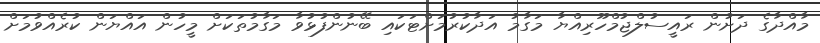
މާއްދާގެ ދަށުން ރައީސުލްޖުމްހޫރިއްޔާ މަގާމު އަދާކުރުމަށްޓަކައި ބޭނުންފުޅުވާ މަގާމުތަކަށް މީހުން އައްޔަން ކުރެއްވުމަށް